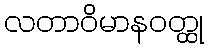
လတာဝိမာနဝတ္ထု